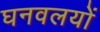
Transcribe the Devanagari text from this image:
घनवलयों